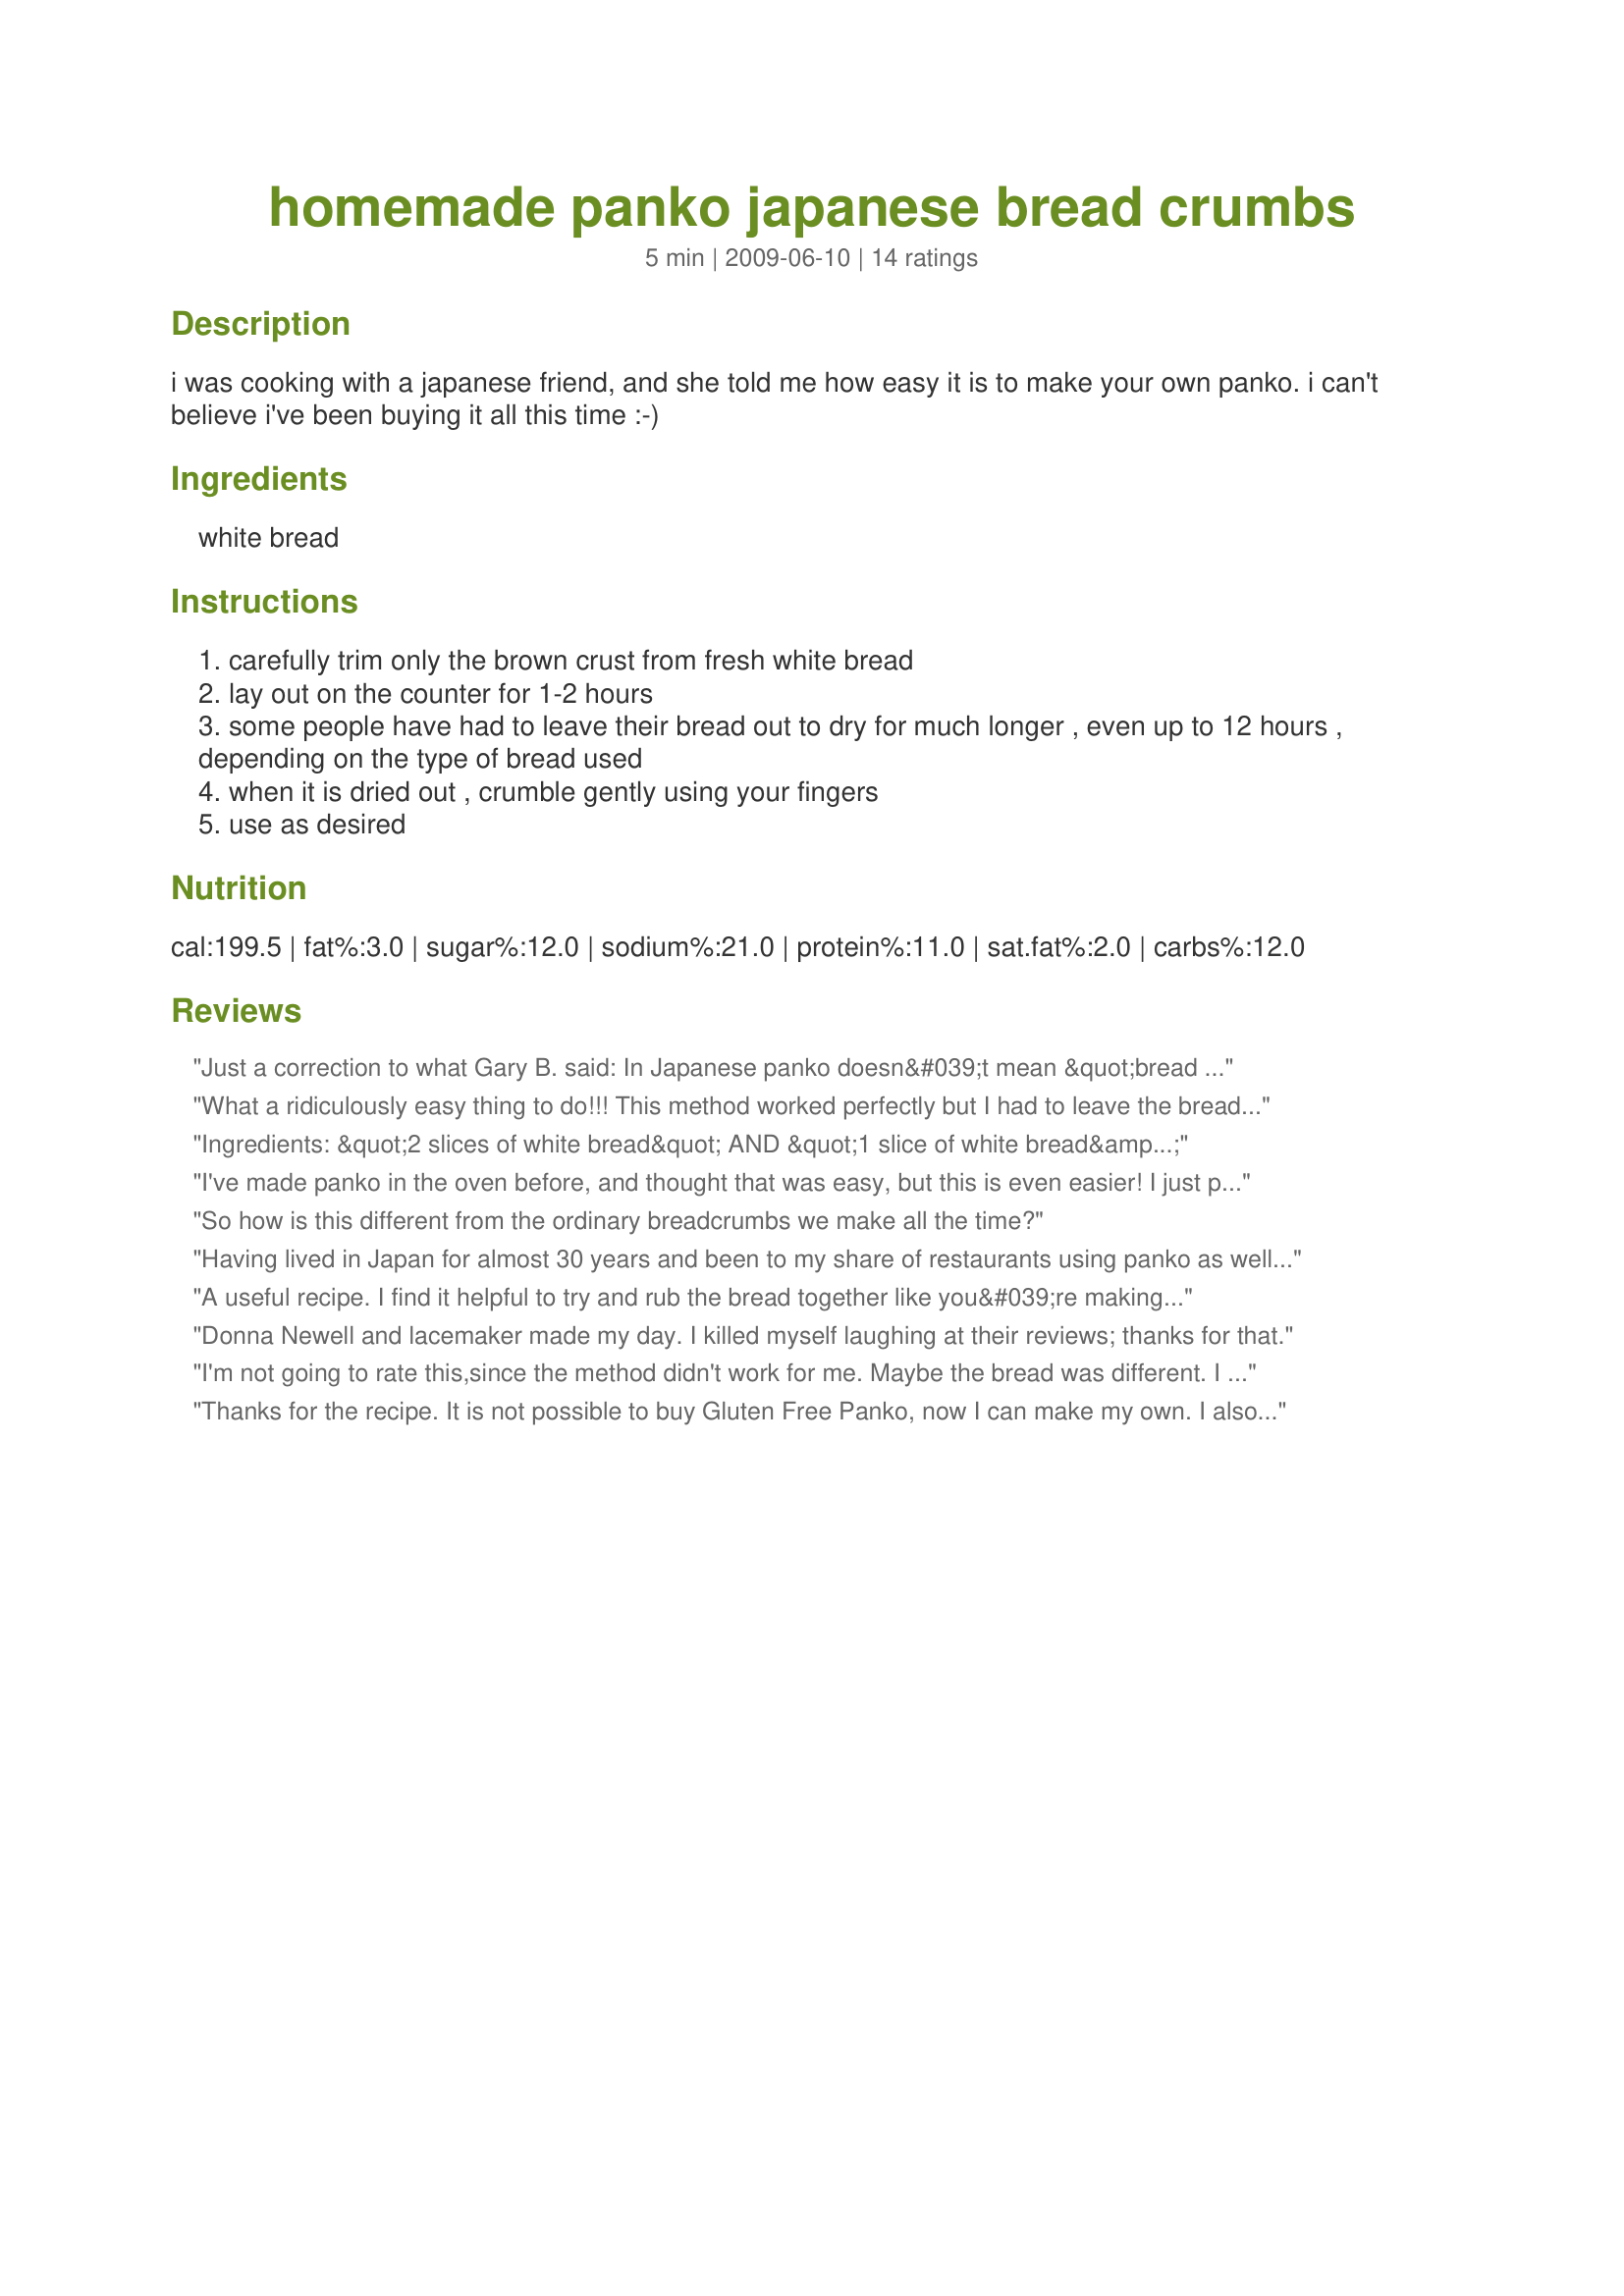
homemade panko japanese bread crumbs
Preparation time: 5 minutes

i was cooking with a japanese friend, and she told me how easy it is to make your own panko. i can't believe i've been buying it all this time :-)

Ingredients:
white bread

Steps:
carefully trim only the brown crust from fresh white bread
lay out on the counter for 1-2 hours
some people have had to leave their bread out to dry for much longer , even up to 12 hours , depending on the type of bread used
when it is dried out , crumble gently using your fingers
use as desired

Reviews:
Just a correction to what Gary B. said: In Japanese panko doesn&#039;t mean &quot;bread children&quot;, it literally means &quot;bread powder&quot; (???).
What a ridiculously easy thing to do!!! This method worked perfectly but I had to leave the bread sitting for 24 hours. I used 1 slice to check it out and it made 1/4 cup of panko. I will absolutely be using this instead of making a special trip to the Asian supermarket to buy it! Made for my teammate for ZWT6. Thanks Japan bound! :)
Ingredients: &quot;2 slices of white bread&quot; AND &quot;1 slice of white bread&quot; The math here is pretty simple, 2+1. The answer is 7, right?
I've made panko in the oven before, and thought that was easy, but this is even easier! I just put the bread on a pizza pan on the kitchen table right before I went to bed, and in the morning--panko! I used homemade herb bread, so mine is seasoned, too! Thanks for posting. Made for ZWT6.
So how is this different from the ordinary breadcrumbs we make all the time?
Having lived in Japan for almost 30 years and been to my share of restaurants using panko as well as using it myself allow me to share a misconception.&lt;br/&gt;&lt;br/&gt;Panko, loosely translated means &quot;bread (pan) children (ko or kodomo)&quot;. &lt;br/&gt;&lt;br/&gt;Panko sold in stores is indeed dried but dried panko is NEVER EVER used in restaurants. It is fresh or nearly fresh bread processed into &quot;crumbs&quot;, or more correctly, shavings. Restaurants have regular deliveries of fresh bread and make their own panko. The panko can be frozen and thawed for use later.&lt;br/&gt;&lt;br/&gt;Moist panko is applied to an egg coating. It makes for a fluffier appearance and is much easier to work with.&lt;br/&gt;&lt;br/&gt;Panko is never spiced. Spices can be introduced to the flour (first coating material) for additional flavor.
A useful recipe. I find it helpful to try and rub the bread together like you&#039;re making cake pops. It&#039;s a good way to get large size bread crumbs. I&#039;ve also used my slice attachment in the food processer before though. I think this way is better.

I&#039;m mostly commenting because of the most helpful review by Gary B. which says that Panko means bread children- which is completely wrong.. ????NOT?????? means flour... not children... ? is children... they both read panko but every different meanings.
Donna Newell and lacemaker made my day. I killed myself laughing at their reviews; thanks for that.
I'm not going to rate this,since the method didn't work for me. Maybe the bread was different. I left in on the counter for more than 12 hours and the first photo shows what I got. I dumped the pieces in the chopper and I got what you can see in the second photo. Anyway,in the end I've got panko. I'll repeat,maybe the bread we have here doesn't work for this. Made for ZWT6.
Thanks for the recipe. It is not possible to buy Gluten Free Panko, now I can make my own. I also make my own Rice Crumbs, in a pinch.
Having just had a knee operation,I had much difficulty getting on the counter to lie down safe somewhere for up to 2 hours !!!,however the breadcrumbs are very good though,thanks.
This was easy and now I have panko! Thanks! Made for ZWT#6 by a Looney Spoon phoodie!
Thank yo for the Panko...worked great!
I made these with homemede white bread and found if sliced very thin it dries faster. It is fresher and better than store bought but if I am in a hurry and not preplanned I will use store bought. Thanks for sharing Rachel. Made for Zwizzle Chicks for ZWT6 Family Picks.
